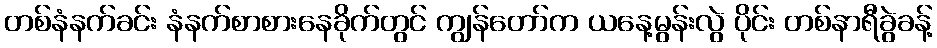
တစ်နံနက်ခင်း နံနက်စာစားနေခိုက်တွင် ကျွန်တော်က ယနေ့မွန်းလွဲ ပိုင်း တစ်နာရီခွဲခန့်